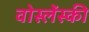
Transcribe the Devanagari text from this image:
वोस्लेंस्की